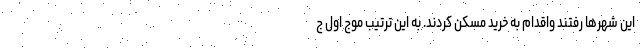
این شهرها رفتند واقدام به خرید مسکن کردند. به این ترتیب موج اول ج